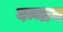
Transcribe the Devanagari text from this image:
बन्नान